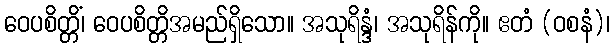
ဝေပစိတ္တိံ၊ ဝေပစိတ္တိအမည်ရှိသော။ အသုရိန္ဒံ၊ အသုရိန်ကို။ ဧတံ (ဝစနံ)၊